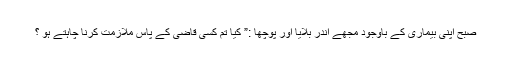
صبح اپنی بیماری کے باوجود مجھے اندر بلایا اور پوچھا :” کیا تم کسی قاضی کے پاس ملازمت کرنا چاہتے ہو ؟